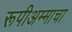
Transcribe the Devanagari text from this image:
रूपीअम्माचा